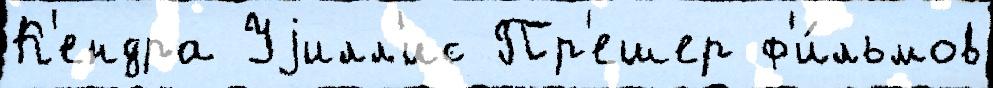
К'ендра Уjилл'ис Пр'ешер ф'и́льмов